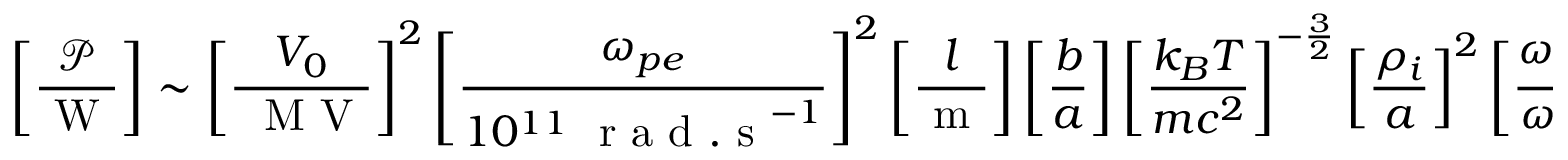
\left[ \frac { \mathcal { P } } { \mathrm { ~ W ~ } } \right] \sim \left[ \frac { V _ { 0 } } { ~ \mathrm { ~ M ~ V ~ } } \right] ^ { 2 } \left[ \frac { \omega _ { { p e } } } { 1 0 ^ { 1 1 } ~ \mathrm { ~ r ~ a ~ d ~ . ~ s ~ } ^ { - 1 } } \right] ^ { 2 } \left[ \frac { l } { \mathrm { ~ m ~ } } \right] \left[ \frac { b } { a } \right] \left[ \frac { k _ { B } T } { m c ^ { 2 } } \right] ^ { - \frac { 3 } { 2 } } \left[ \frac { \rho _ { i } } { a } \right] ^ { 2 } \left[ \frac { \omega _ { p e } } { \omega _ { c e } } \right] ^ { 2 } ,